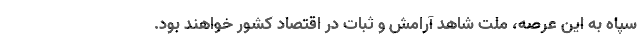
سپاه به این عرصه، ملت شاهد آرامش و ثبات در اقتصاد کشور خواهند بود.